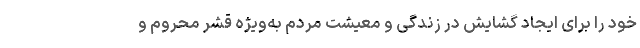
خود را برای ایجاد گشایش در زندگی و معیشت مردم به‌ویژه قشر محروم و